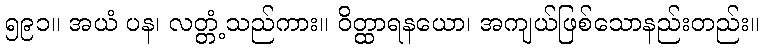
၅၉၁။ အယံ ပန၊ လတ္တံ့သည်ကား။ ဝိတ္ထာရနယော၊ အကျယ်ဖြစ်သောနည်းတည်း။